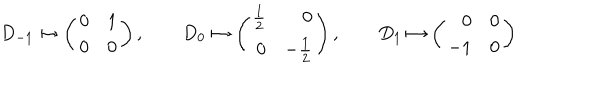
D _ { - 1 } \mapsto \left( \begin{array} { r r } { { 0 } } & { { 1 } } \\ { { 0 } } & { { 0 } } \\ \end{array} \right) , \qquad D _ { 0 } \mapsto \left( \begin{array} { r r } { { { \textstyle \frac 1 2 } } } & { { 0 } } \\ { { 0 } } & { { - { \textstyle \frac 1 2 } } } \\ \end{array} \right) , \qquad D _ { 1 } \mapsto \left( \begin{array} { r r } { { 0 } } & { { 0 } } \\ { { - 1 } } & { { 0 } } \\ \end{array} \right)